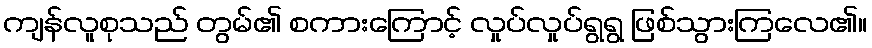
ကျန်လူစုသည် တွမ်၏ စကားကြောင့် လှုပ်လှုပ်ရွရွ ဖြစ်သွားကြလေ၏။